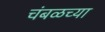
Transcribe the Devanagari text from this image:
चंबळच्या